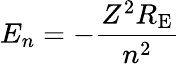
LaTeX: E_{n}=-{\frac{Z^{2}R_{\mathrm{E}}}{n^{2}}}